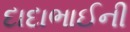
દાદાભાઈની